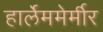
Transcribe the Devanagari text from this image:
हार्लेममेर्मीर